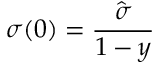
\sigma ( 0 ) = \frac { \hat { \sigma } } { 1 - y }